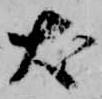
犬